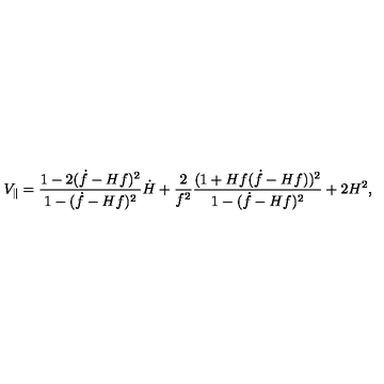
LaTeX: V _ { \parallel } = \frac { 1 - 2 ( \dot { f } - H f ) ^ { 2 } } { 1 - ( \dot { f } - H f ) ^ { 2 } } \dot { H } + \frac { 2 } { f ^ { 2 } } \frac { ( 1 + H f ( \dot { f } - H f ) ) ^ { 2 } } { 1 - ( \dot { f } - H f ) ^ { 2 } } + 2 H ^ { 2 } ,